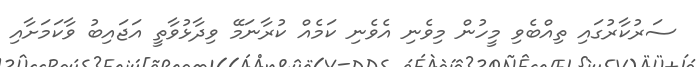
ސަރުކާރުގައި ތިއްބެވި މީހުން މިވެނި އެވެނި ކަމެއް ކުރާނަމޭ ވިދާޅުވާތީ އަޖައިބު ވާކަމަށާއި